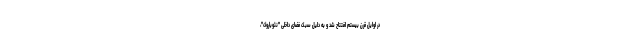
در اوایل قرن بیستم افتتاح شد و به دلیل سبک فضای داخلی "نئوباروک"،